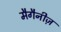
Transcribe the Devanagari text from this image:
मैगैनीज़